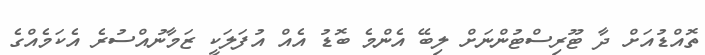
ތޮއްޑުއަށް ދާ ޓޫރިސްޓުންނަށް ލިބޭ އެންމެ ބޮޑު އެއް އުފަލަކީ ޒަމާނުއްސުރެ އެކަމެއްގެ